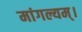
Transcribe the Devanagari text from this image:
मांगल्यम्।